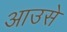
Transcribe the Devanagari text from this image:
आउसे